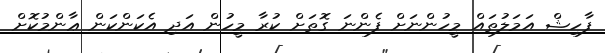
ފާހިޝް އަމަލުތައް މީހުންނަށް ފެންނަ ގޮތަށް ކުރާ މީހުން އަދި އެކަންކަން ޢާންމުކޮށް